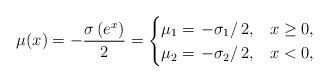
LaTeX: \begin{align*}\mu(x)=-\frac{\sigma \left(e^{x}\right)}{2}=\begin{cases} \mu _1=\left.-\sigma _1\right/2, & x\geq 0, \\ \mu _2=\left.-\sigma _2\right/2, & x<0,\\\end{cases}\end{align*}